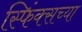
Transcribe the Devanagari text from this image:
स्फिंक्सच्या